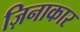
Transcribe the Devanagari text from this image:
ज़िनाकार